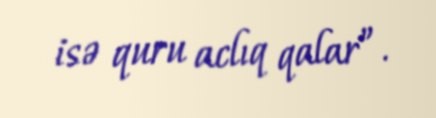
isə quru aclıq qalar”.